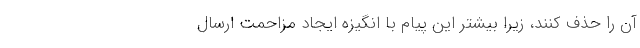
آن را حذف کنند، زیرا بیشتر این پیام با انگیزه ایجاد مزاحمت ارسال